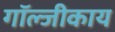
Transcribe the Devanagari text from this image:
गॉल्जीकाय